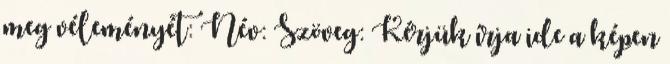
meg véleményét: Név: Szöveg: Kérjük írja ide a képen